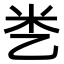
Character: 㐘